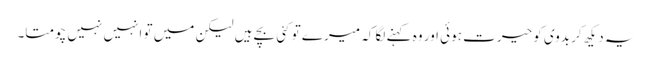
یہ دیکھ کر بدوی کو حیرت ہوئی اور وہ کہنے لگا کہ میرے تو کئی بچے ہیں لیکن میں تو انہیں نہیں چومتا۔